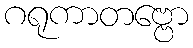
ဂရုကာတဗ္ဗော